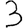
Digit: 3